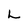
Character: L